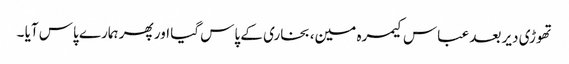
تھوڑی دیر بعد عباس کیمرہ مین، بخاری کے پاس گیا اور پھر ہمارے پاس آیا ۔